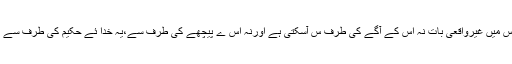
یہ وہ کلام الہی جس میں غیرواقعی بات نہ اس کے آگے کی طرف س آسکتی ہے اورنہ اس ے پیچھے کی طرف سے،یہ خدا ئے حکیم کی طرف سے نازل کیا گیا ہے ۔